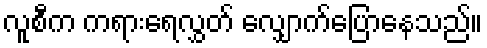
လူစီက ကရားရေလွှတ် လျှောက်ပြောနေသည်။